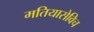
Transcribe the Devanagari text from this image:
मतियासेविच